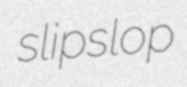
slipslop